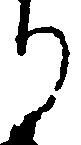
り